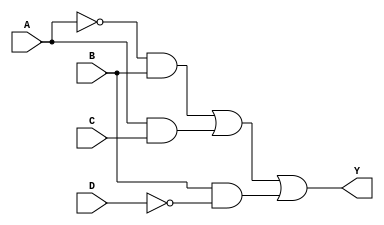
module sop_simplified (
    input wire A, // Input A
    input wire B, // Input B
    input wire C, // Input C
    input wire D, // Input D
    output wire Y // Output Y
);

// Internal wires for intermediate product terms
wire A_not, B_not, D_not;
wire term1, term2, term3;

// NOT gates for inverted inputs
not (A_not, A);
not (B_not, B);
not (D_not, D);

// AND gates for product terms
and (term1, A_not, B); // A'B
and (term2, A, C);     // AC
and (term3, B, D_not); // BD'

// OR gate for final output
or (Y, term1, term2, term3); // Y = A'B + AC + BD'

endmodule